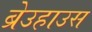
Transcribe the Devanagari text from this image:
ब्रेउहाउस